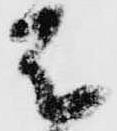
は